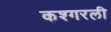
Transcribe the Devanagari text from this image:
कश्गरली